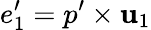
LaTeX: e_{1}^{\prime}=p^{\prime}\times\mathbf{u}_{1}